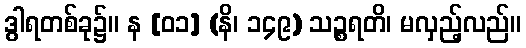
ဒွါရတစ်ခု၌။ န [၀၁] (နိ၊ ၁၄၉) သဉ္စရတိ၊ မလှည့်လည်။